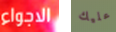
الاجواء عليك